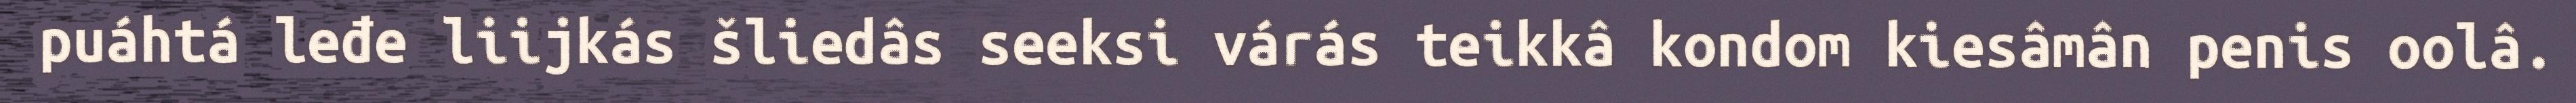
puáhtá leđe liijkás šliedâs seeksi várás teikkâ kondom kiesâmân penis oolâ.